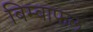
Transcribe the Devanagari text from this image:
बिम्बाफल